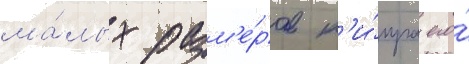
ма́лых разм'е́ров к'и́пра его́